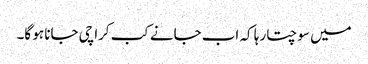
میں سوچتا رہا کہ اب جانے کب کراچی جانا ہو گا۔